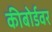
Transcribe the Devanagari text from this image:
कीबोर्डवर